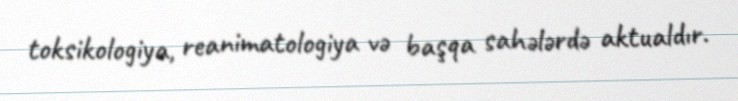
toksikologiya, reanimatologiya və başqa sahələrdə aktualdır.